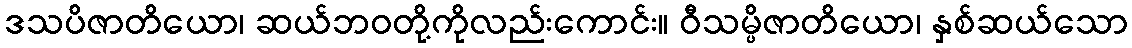
ဒသပိဇာတိယော၊ ဆယ်ဘဝတို့ကိုလည်းကောင်း။ ဝီသမ္ပိဇာတိယော၊ နှစ်ဆယ်သော